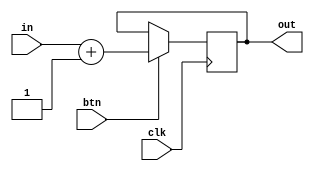
`timescale 1ns / 1ps

// this tries to do the read and write test on a hardward

module hw_rw_do(clk, btn, in, out);

input clk, btn;
input [1:0] in;

output reg [1:0] out=0;

always @(posedge clk)
    if(btn)
        out <= in+1;

endmodule